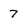
Character: 7